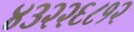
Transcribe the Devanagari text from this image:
४३२२६८१२